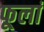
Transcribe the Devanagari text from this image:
फूलां